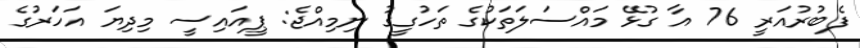
ފެބުރުއަރީ 76 އާ ގުޅޭ މައްސަލަތަކުގެ ތަހުގީގު ނިމިއްޖެ: ޕީއައިސީ މިދިޔަ އަހަރުގެ